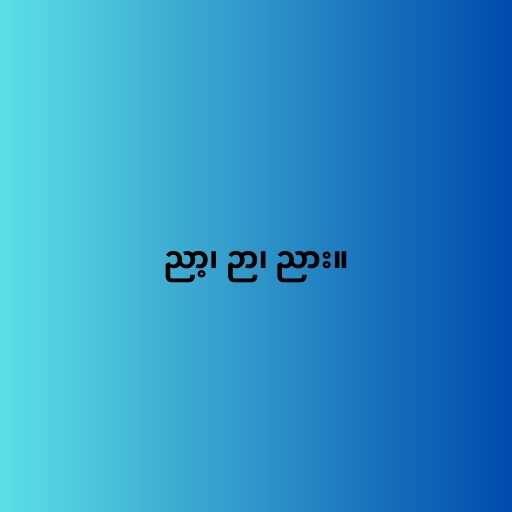
ညာ့၊ ဉာ၊ ညား။